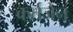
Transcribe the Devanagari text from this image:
कर्तजेन